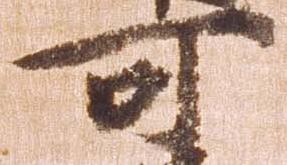
可